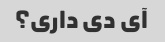
آی دی داری؟